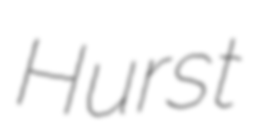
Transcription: Hurst